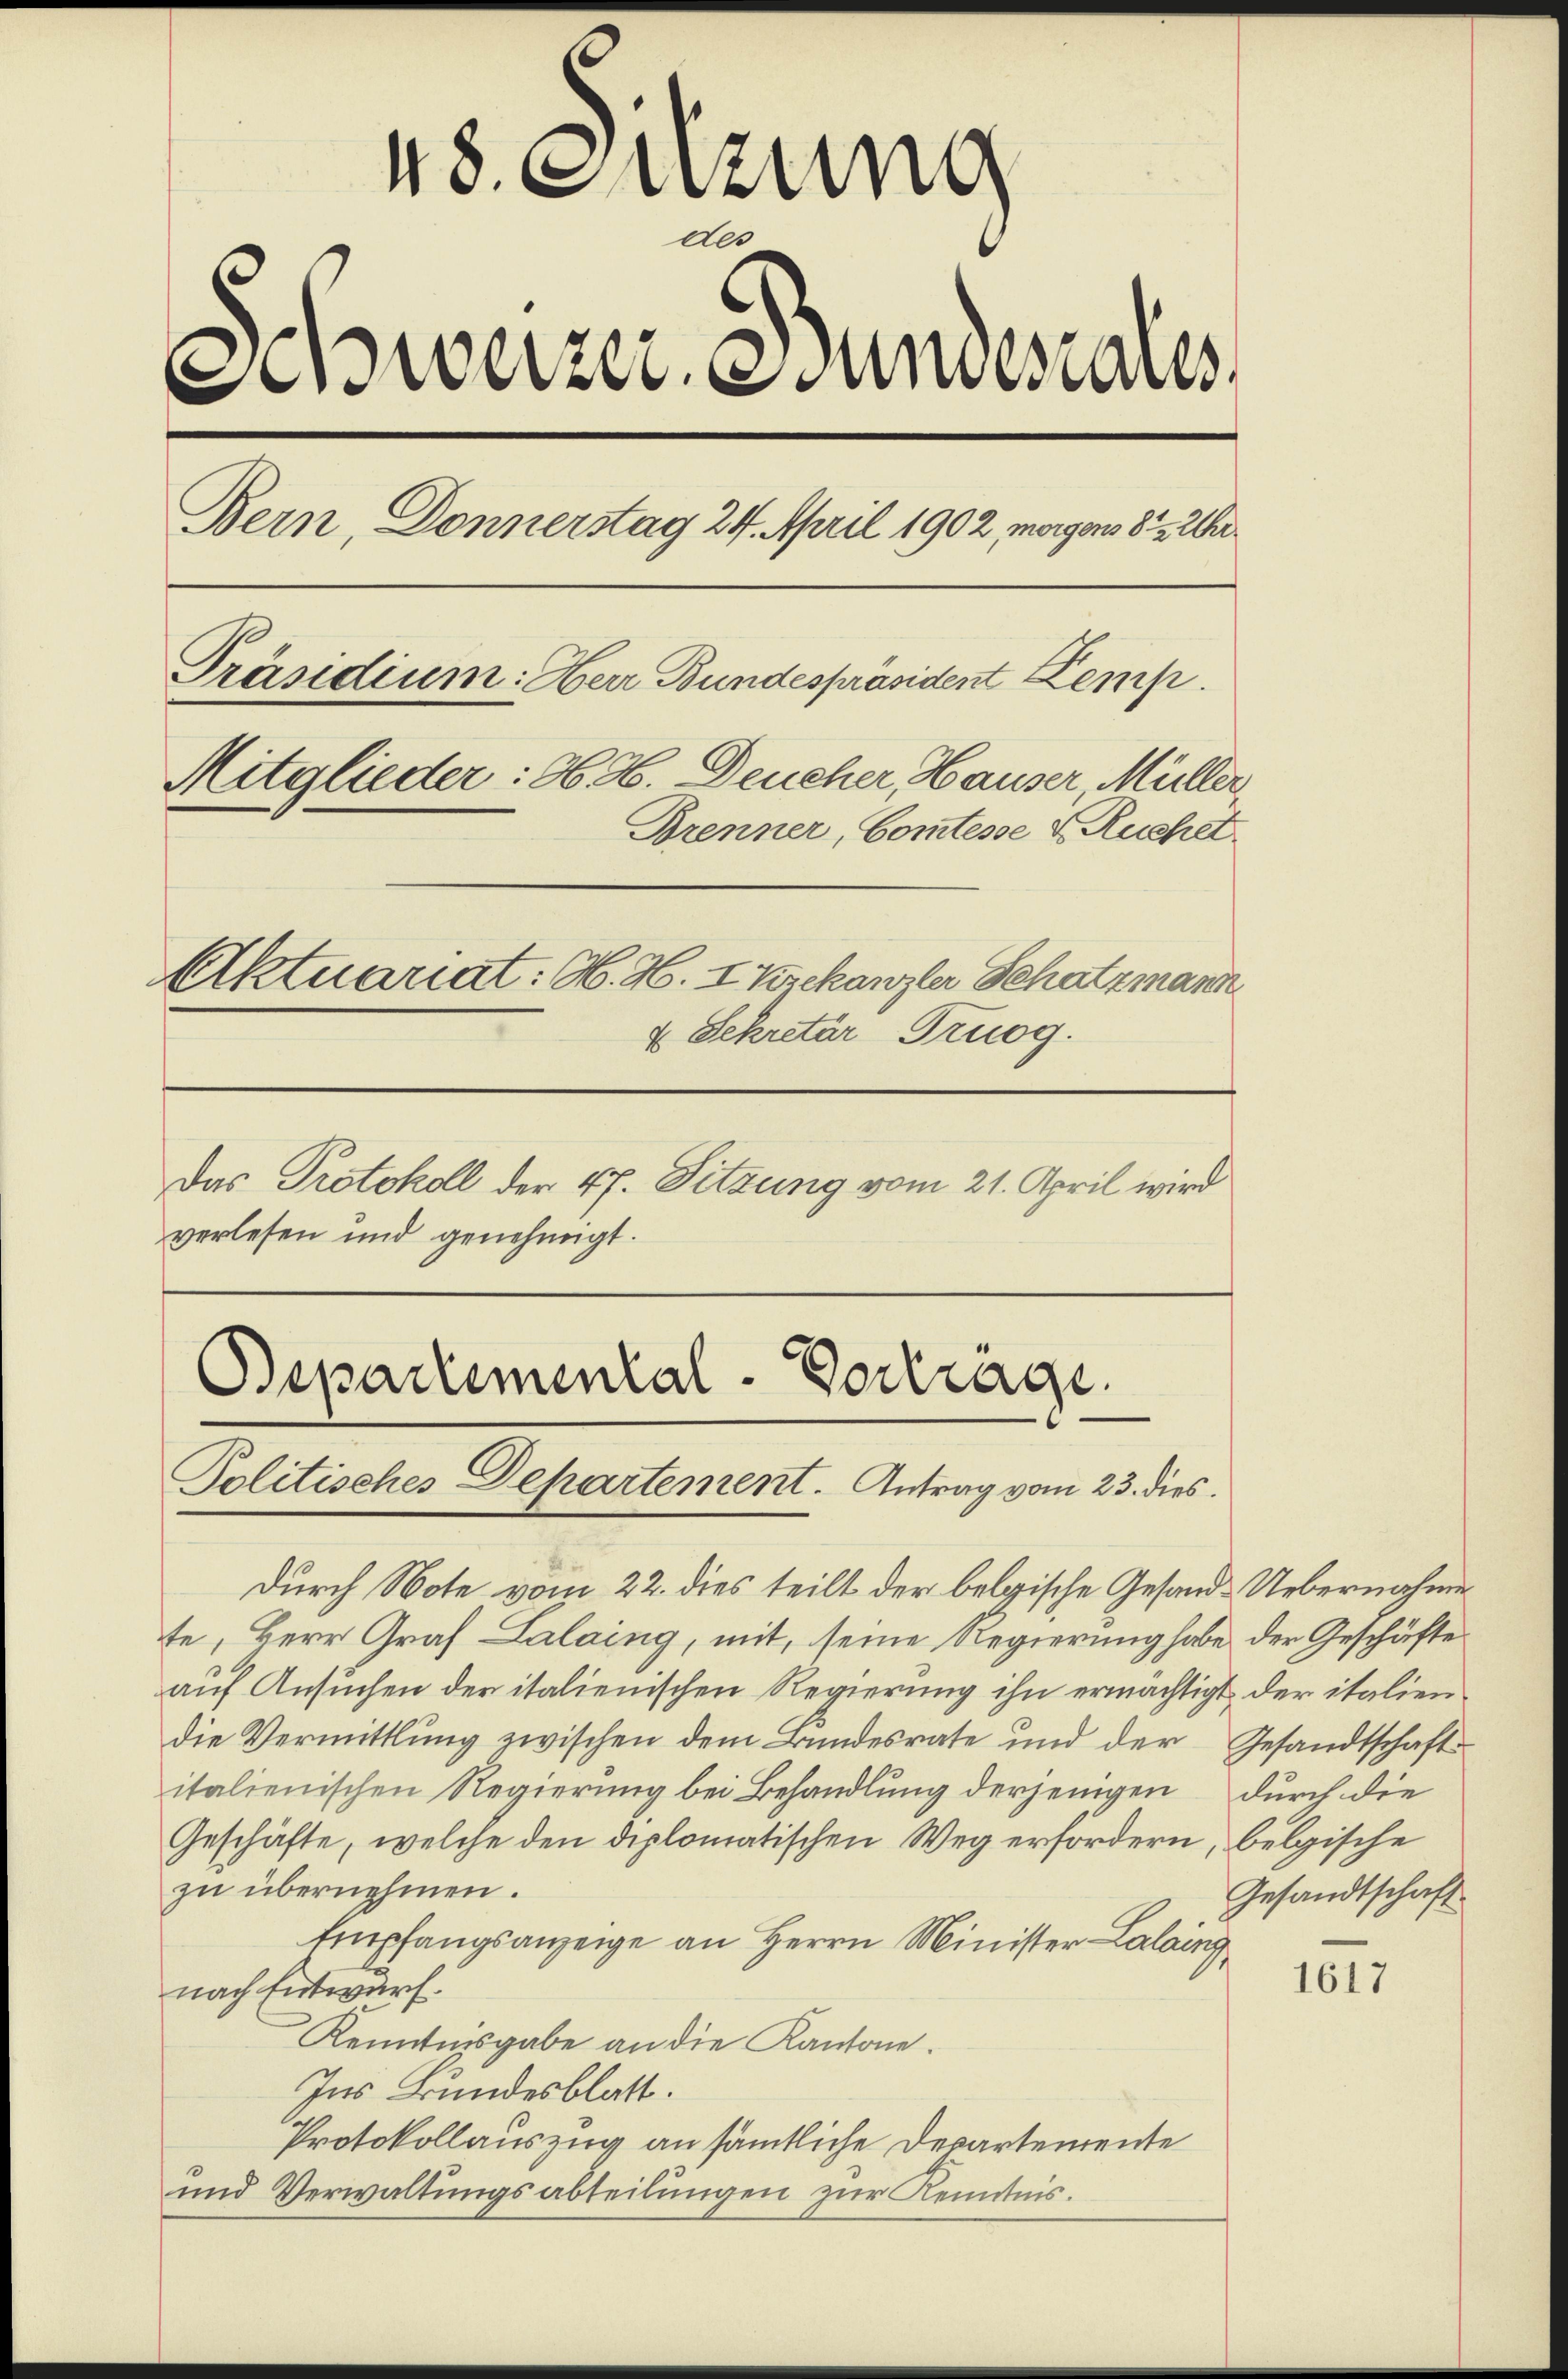
48. Sitzung
des
Schweizer undesares
Bern, Donnerstag 24. April 1902, morgens 8 ½ 2
Präsidium: Herr Bundespräsident Kemp
Mitglieder: 96. 36. Deucher Hauser, Müller,
Brenner, Comtesse & Ruchet
Aktuariat: H. H. I Krekanzler Schatzmann
4 Sekretär Truog.
Das Protokoll der 47. Sitzung vom 21. April wird
verlesen und genehmigt.

durch Note vom 22. dies teilt der belgische Gesand-Uebernahmete, Herr Graf Lalaing, mit, seine Regierung habe der Geschäfte
auf Ansuchen der italienischen Regierung ihn ermächtigt, der italien
die Vermittlung zwischen dem Bundesrate und der
italienischen Regierung bei Behandlung derjenigen
Geschäfte, welche den diplomatischen Weg erfordern, belgische
zu übernehmen.
Empfangsanzeige an Herrn Minister-Lalang
nach Entwurf.
Kenntnisgabe an die Kantone.
Ins Bundesblatt.
Protokollauszug an sämtliche Departemente
und Verwaltungsabteilungen zur Kenntnis.

Bepartemental-Vortrage
Politisches Departement. Antrag vom 23. dies

Gesandtschaft
durch die
Gesandtschaft

1617